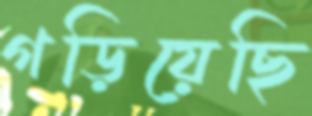
গড়িয়েছি